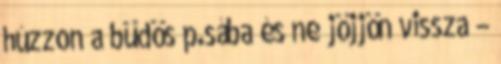
húzzon a büdös p.sába és ne jöjjön vissza –